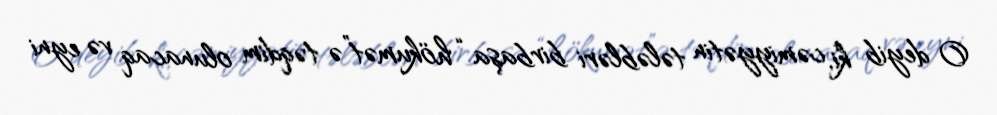
O deyib ki, cəmiyyətin tələbləri birbaşa “hökumət”ə təqdim olunacaq və eyni